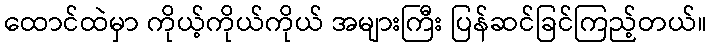
ထောင်ထဲမှာ ကိုယ့်ကိုယ်ကိုယ် အများကြီး ပြန်ဆင်ခြင်ကြည့်တယ်။